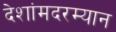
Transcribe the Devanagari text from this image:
देशांमदरम्यान